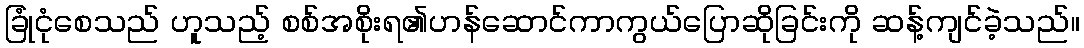
ခြုံငုံစေသည် ဟူသည့် စစ်အစိုးရ၏ဟန်ဆောင်ကာကွယ်ပြောဆိုခြင်းကို ဆန့်ကျင်ခဲ့သည်။